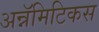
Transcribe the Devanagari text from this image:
अन्नॅमिटिकस